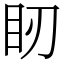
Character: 䀔